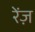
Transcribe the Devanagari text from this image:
रेंज़